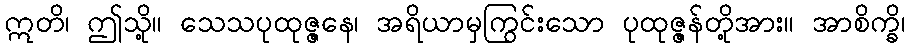
ဣတိ၊ ဤသို့။ သေသပုထုဇ္ဇနေ၊ အရိယာမှကြွင်းသော ပုထုဇ္ဇန်တို့အား။ အာစိက္ခိ၊